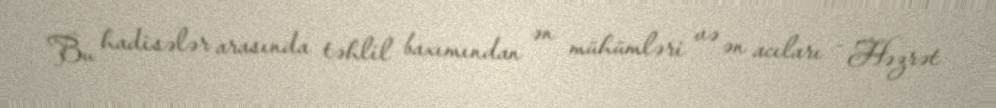
Bu hadisələr arasında təhlil baxımından ən mühümləri və ən acıları - Həzrət